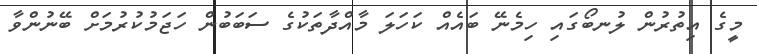
މީގެ އިތުރުން ލުނބޯގައި ހިމެނޭ ބައެއް ކަހަލަ މާއްދާތަކުގެ ސަބަބުން ހަޖަމުކުރުމަށް ބޭނުންވާ